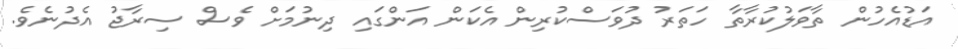
އަޑުއެހުން ތާވަލުކުރާތާ ހަތަރު ދުވަސްކުރިން އެކަން އަންގައި ދިނުމަށް ވެސް ސިރާޖު އެދުނެވެ.